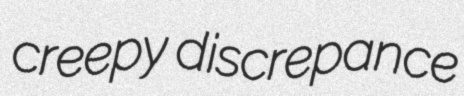
creepy discrepance